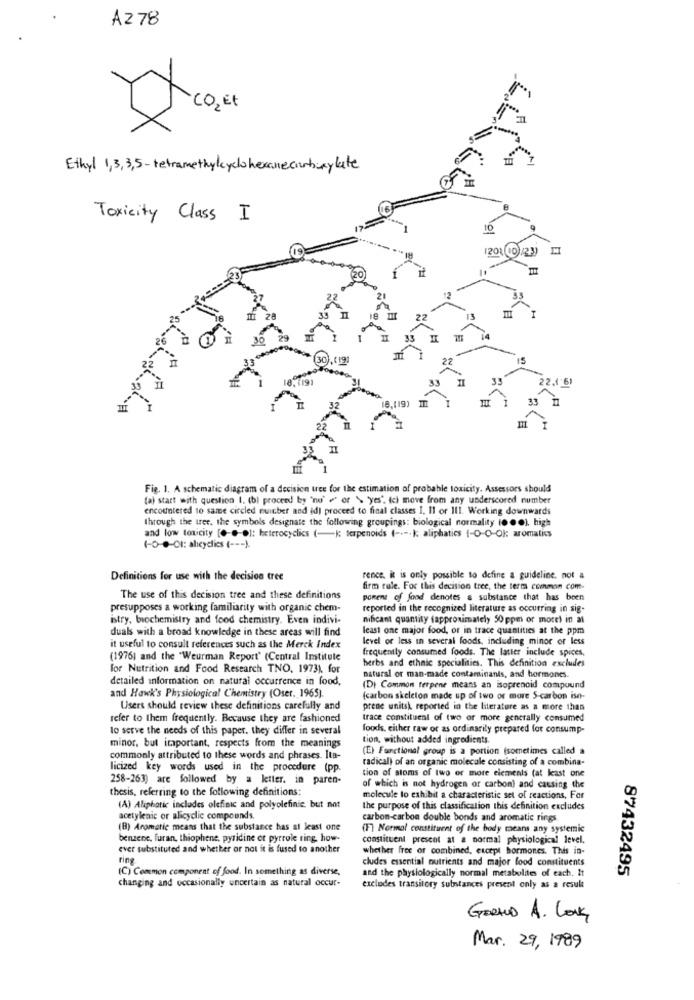
AZ78
Ethyl 1,3, 3,5-tetramethylcyclohexane carboxy late
Toxicity Class I
10
120%
/23)
IT
18,119)
Fig. 1. A schematic diagram of a decision tree for the estimation of probable toxicity. Assessors should
(a) start with question I. (bl proceed by "no" ," or > "yes". Ici move from any underscored number
encountered to same circled nuitber and id) proceed to final classes I. Il or III. Working downwards
through the tree, the symbols designate the following groupings: biological normality (. .. ], high
and low toxicity [0-@-0): heterocyclics (-k; terpenoids ( ---. ); aliphatics 1-0-0-Ok: aromatics
1-0-0-01: aleydies ( --- ).
Definitions for use with the decision tree
rence. it is only possible to define a guideline, not a
firm rule. For this decision tree, the term common com-
The use of this decision tree and these definitions
porent of food denotes & substance that has been
presupposes a working familiarity with organic chem-
reported in the recognized literature as occurring in sig-
istry, biochemistry and food chemistry. Even indivi-
nifcant quantity (approximately 50 ppm or more) in at
duals with a broad knowledge in these areas will find
least one major food, or in trace quantities at the ppm
level or less in several foods, including minor or less
it useful to consult references such as the Merck Index
frequently consumed foods. The latter include spices,
(1976) and the "Weurman Report" (Central Institute
herbs and ethnic specialities. This definition excludes
for Nutrition and Food Research TNO, 19731. for
detailed information on natural occurrence in food,
natural or man-made contaminants, and hormones.
(D) Common terpene means an isoprenoid compound
and Hawk's Physiological Chemistry (Oser, 1965).
(carbon skeleton made up of two or more S-carbon ise-
Users should review these definitions carefully and
prene wnitsk reported in the literature as a more than
refer to them frequently. Because they are fashioned
trace constituent of two or more generally consumed
to serve the needs of this paper. they differ in several
foods, either raw or as ordinarily prepared for consump-
minor, but important, respects from the meanings
tion, without added ingredients.
(E) Functional group is a portion (sometimes called a
commonly attributed to these words and phrases. Ita-
radical) of an organic molecole consisting of a combina-
licized key words used in the procedure (pp.
258-263) are followed by a letter. in paren-
tion of stoms of two or more elements (at least one
thesis, referring to the following definitions:
of which is not hydrogen or carbonì and causing the
molecule lo exhibit a characteristic set of reactions, For
(A) Aliphatic includes olefinic and polyolefinic. but not
the purpose of this classification this definition excludes
acetylenic or alicyclic compounds.
carbon-carbon double bonds and aromatic rings
(B) Aromatic means that the substance has at least one
(F] Normal constituent of the body means any systemic
benzene, furan, thiophene, pyridine et pyrrole ring, how-
constituent present at a normal physiological level,
ever substituted and whether or not it is fused to another
whether free of combined, except hormones. This in-
ring
cludes essential nutrients and major food constituents
(C) Common component of food. In something as diverse,
and the physiologically normal metabolites of each. It
87432495
changing and occasionally uncertain as natural occur-
excludes transitory substances present only as a result
GERALD A. LONG
Mar. 29, 1989